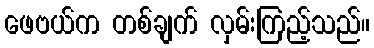
ဖေဗယ်က တစ်ချက် လှမ်းကြည့်သည်။